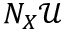
N _ { X } { \mathcal { U } }